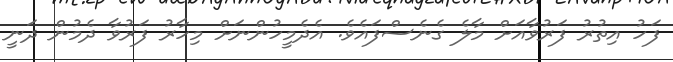
ފަހު އިތުރު ފަރުވާއަށް މާލެ ގެނެސްފައެވެ. އެދެމީހުންނަށް މިހާރު ފަރުވާ ދެމުން ދަނީ